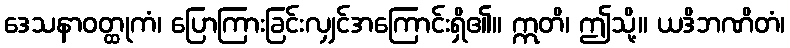
ဒေသနာဝတ္ထုကံ၊ ပြောကြားခြင်းလျှင်အကြောင်းရှိ၏။ ဣတိ၊ ဤသို့။ ယဒိဘဏိတံ၊